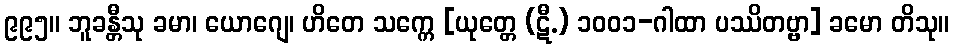
၉၉၅။ ဘူခန္တီသု ခမာ၊ ယောဂျေ၊ ဟိတေ သက္ကေ [ယုတ္တေ (ဋီ.) ၁၀၀၁-ဂါထာ ပဿိတဗ္ဗာ] ခမော တိသု။